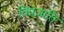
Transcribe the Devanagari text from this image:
विप्रजाति